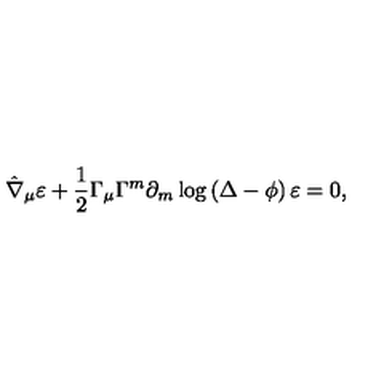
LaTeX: \hat { \nabla } _ { \mu } \varepsilon + \frac 1 2 { \Gamma _ { \mu } } \Gamma ^ { m } \partial _ { m } \log \left( \Delta - \phi \right) \varepsilon = 0 ,